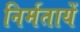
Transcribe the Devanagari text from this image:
निर्मतायें